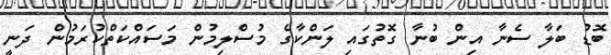
ބޮޑު ބަލާ ސެނާ އިން ބުނާ ގޮތުގައި ލަންކާގެ މުސްލިމުން މަސައްކަތްކުރަމުން ދަނީ